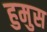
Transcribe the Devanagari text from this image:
हुमुस